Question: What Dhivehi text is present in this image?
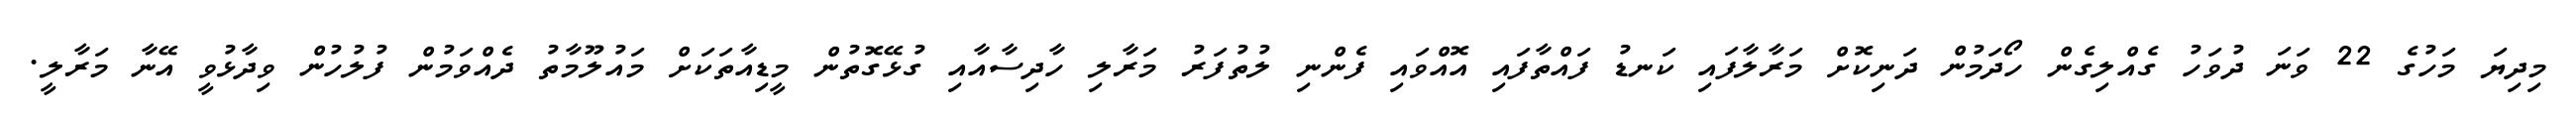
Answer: މިދިޔަ މަހުގެ 22 ވަނަ ދުވަހު ގެއްލިގެން ހޯދަމުން ދަނިކޮށް މަރާލާފައި ކަނޑު ފައްތާފައި އޮއްވައި ފެންނި ލުތުފަރު މަރާލި ހާދިސާއާއި ގުޅޭގޮތުން މީޑިއާތަކަށް މައުލޫމާތު ދެއްވަމުން ފުލުހުން ވިދާޅުވީ އޭނާ މަރާލީ.